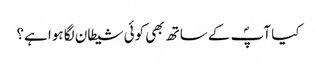
کیا آپؐ کے ساتھ بھی کوئی شیطان لگا ہوا ہے؟